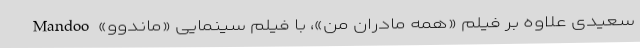
سعیدی علاوه بر فیلم «همه مادران من»، با فیلم سینمایی «ماندوو» Mandoo